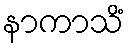
နာကာသိံ